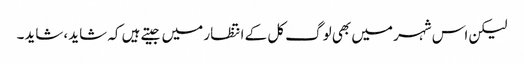
لیکن اس شہر میں بھی لوگ کل کے انتظار میں جیتے ہیں کہ شاید، شاید۔